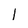
Character: l